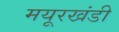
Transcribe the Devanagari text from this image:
मयूरखंडी